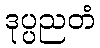
ဒုပ္ပညတံ